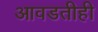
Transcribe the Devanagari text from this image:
आवडतीही